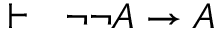
\vdash \ \ \lnot \lnot A \rightarrow A